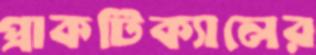
প্রাকটিক্যালের